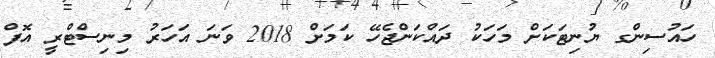
ހައުސިންގ ޔުނިޓަކަށް މަހަކު ދައްކަންޖެހޭ ކަމަށް 2018 ވަނަ އަހަރު މިނިސްޓްރީ އޮފް